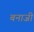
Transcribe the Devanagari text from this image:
बनाजी